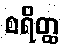
စရိတ္ထ